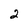
Character: 2